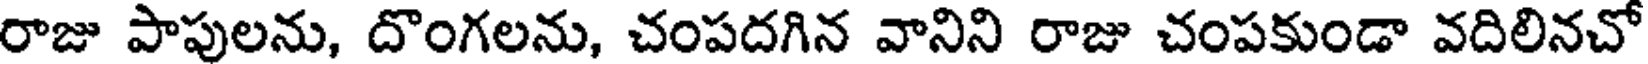
రాజు పాపులను, దొంగలను, చంపదగిన వానిని రాజు చంపకుండా వదిలినచో